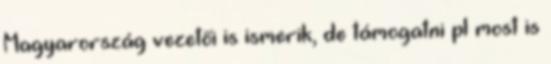
Magyarország vezetői is ismerik, de támogatni pl most is